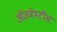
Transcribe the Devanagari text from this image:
ॲजबेस्टॉस